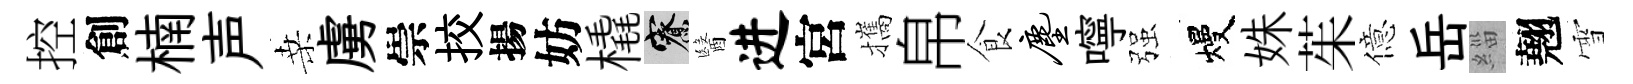
控創楠声桑虜崇挍揚妨橇寮醫进宮攜帛食尘嚀强熳姝茱億岳緇翹雪